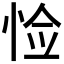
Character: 𪫺